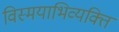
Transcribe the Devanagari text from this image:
विस्मयाभिव्यक्ति